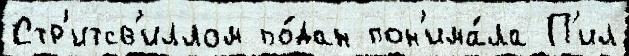
Стр'итсв'иллом по́дан пон'има́ла П'ил